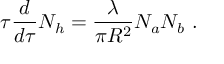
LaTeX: \tau { \frac { d } { d \tau } } N _ { h } = { \frac { \lambda } { \pi R ^ { 2 } } } N _ { a } N _ { b } \ .